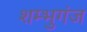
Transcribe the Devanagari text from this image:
शम्भुगंज